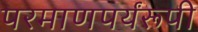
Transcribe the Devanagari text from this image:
परमाणपर्यंरूपी